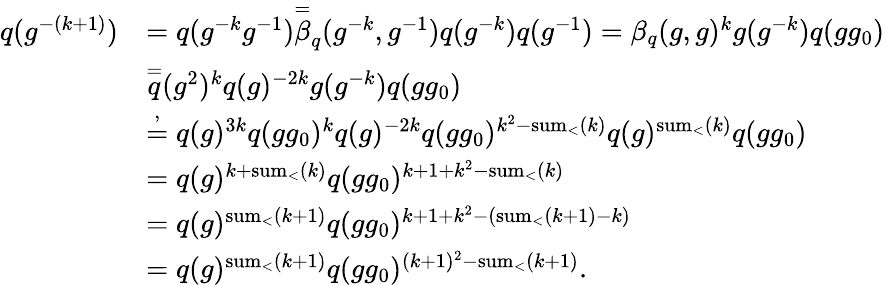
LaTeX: \begin{array}{rl}{q(g^{-(k+1)})}&{=q(g^{-k}g^{-1})\overset{=}\beta_{q}(g^{-k},g^{-1})q(g^{-k})q(g^{-1})=\beta_{q}(g,g)^{k}g(g^{-k})q(gg_{0})}\\ &{\overset{=}q(g^{2})^{k}q(g)^{-2k}g(g^{-k})q(gg_{0})}\\ &{\overset{,}{=}q(g)^{3k}q(gg_{0})^{k}q(g)^{-2k}q(gg_{0})^{k^{2}-\textnormal{sum}_{<}(k)}q(g)^{\textnormal{sum}_{<}(k)}q(gg_{0})}\\ &{=q(g)^{k+\textnormal{sum}_{<}(k)}q(gg_{0})^{k+1+k^{2}-\textnormal{sum}_{<}(k)}}\\ &{=q(g)^{\textnormal{sum}_{<}(k+1)}q(gg_{0})^{k+1+k^{2}-(\textnormal{sum}_{<}(k+1)-k)}}\\ &{=q(g)^{\textnormal{sum}_{<}(k+1)}q(gg_{0})^{(k+1)^{2}-\textnormal{sum}_{<}(k+1)}.}\end{array}